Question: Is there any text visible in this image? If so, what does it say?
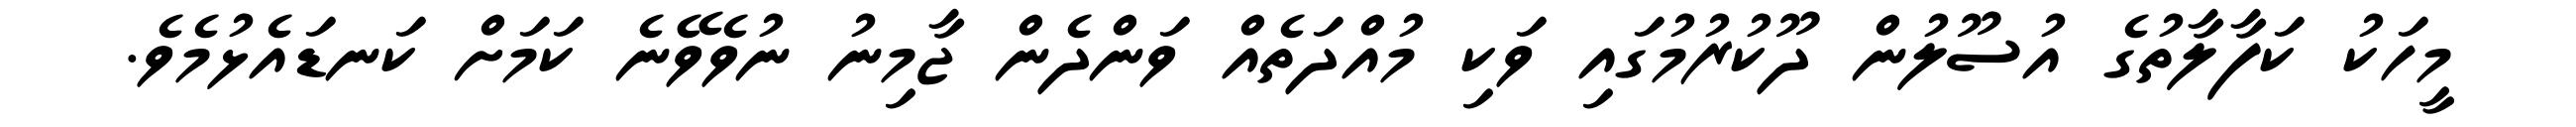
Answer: މީހަކު ކަފާލާތުގެ އުސޫލުން ދޫކުރުމުގައި ވަކި މުއްދަތެއް ވަންދެން ޖާމިނު ނުވެވޭނެ ކަމަށް ކަނޑައެޅުމެވެ.